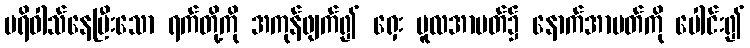
ပရိဝါသ်နေပြီးသော ရက်တို့ကို အကုန်ဖျက်၍ ရှေး မူလအာပတ်၌ နောက်အာပတ်ကို ပေါင်း၍